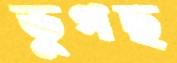
ভুগছ